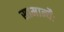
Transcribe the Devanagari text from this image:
सामान्यैः